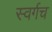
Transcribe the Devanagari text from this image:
स्वर्गच